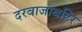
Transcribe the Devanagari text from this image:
दरवाजाबहिर